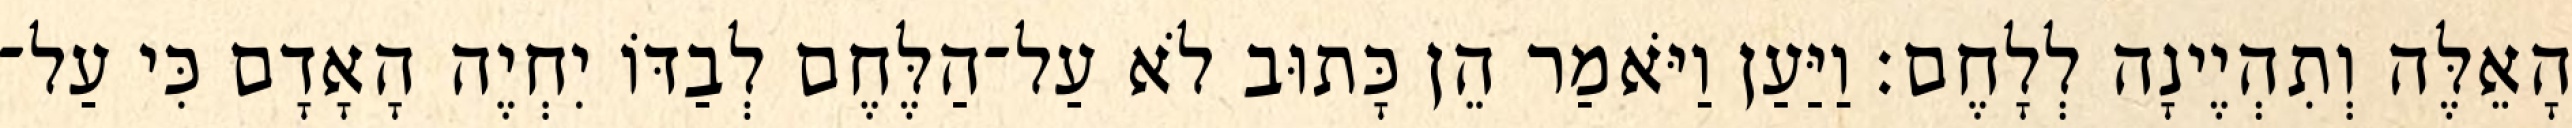
הָאֵלֶּה וְתִהְיֶינָה לְלָחֶם׃ וַיַּעַן וַיֹּאמַר הֵן כָּתוּב לֹא עַל־הַלֶּחֶם לְבַדּוֹ יִחְיֶה הָאָדָם כִּי עַל־